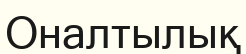
Оналтылық